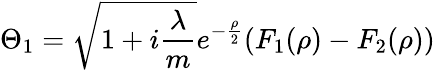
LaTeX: \Theta_{1}=\sqrt{1+i\frac\lambda m}e^{-\frac\rho 2}(F_{1}(\rho)-F_{2}(\rho))